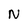
Character: N